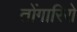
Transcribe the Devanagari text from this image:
तोंगारिरो